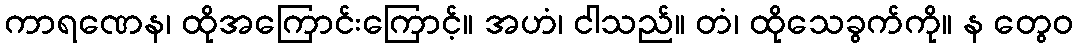
ကာရဏေန၊ ထိုအကြောင်းကြောင့်။ အဟံ၊ ငါသည်။ တံ၊ ထိုသေခွက်ကို။ န တွေဝ